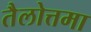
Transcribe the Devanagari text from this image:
तैलोत्तमा